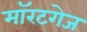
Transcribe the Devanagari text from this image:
मॉरटगेज